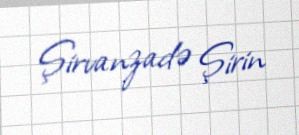
Şirvanzadə Şirin